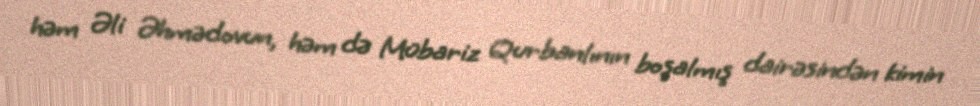
həm Əli Əhmədovun, həm də Mübariz Qurbanlının boşalmış dairəsindən kimin